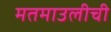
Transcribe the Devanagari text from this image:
मतमाउलीची